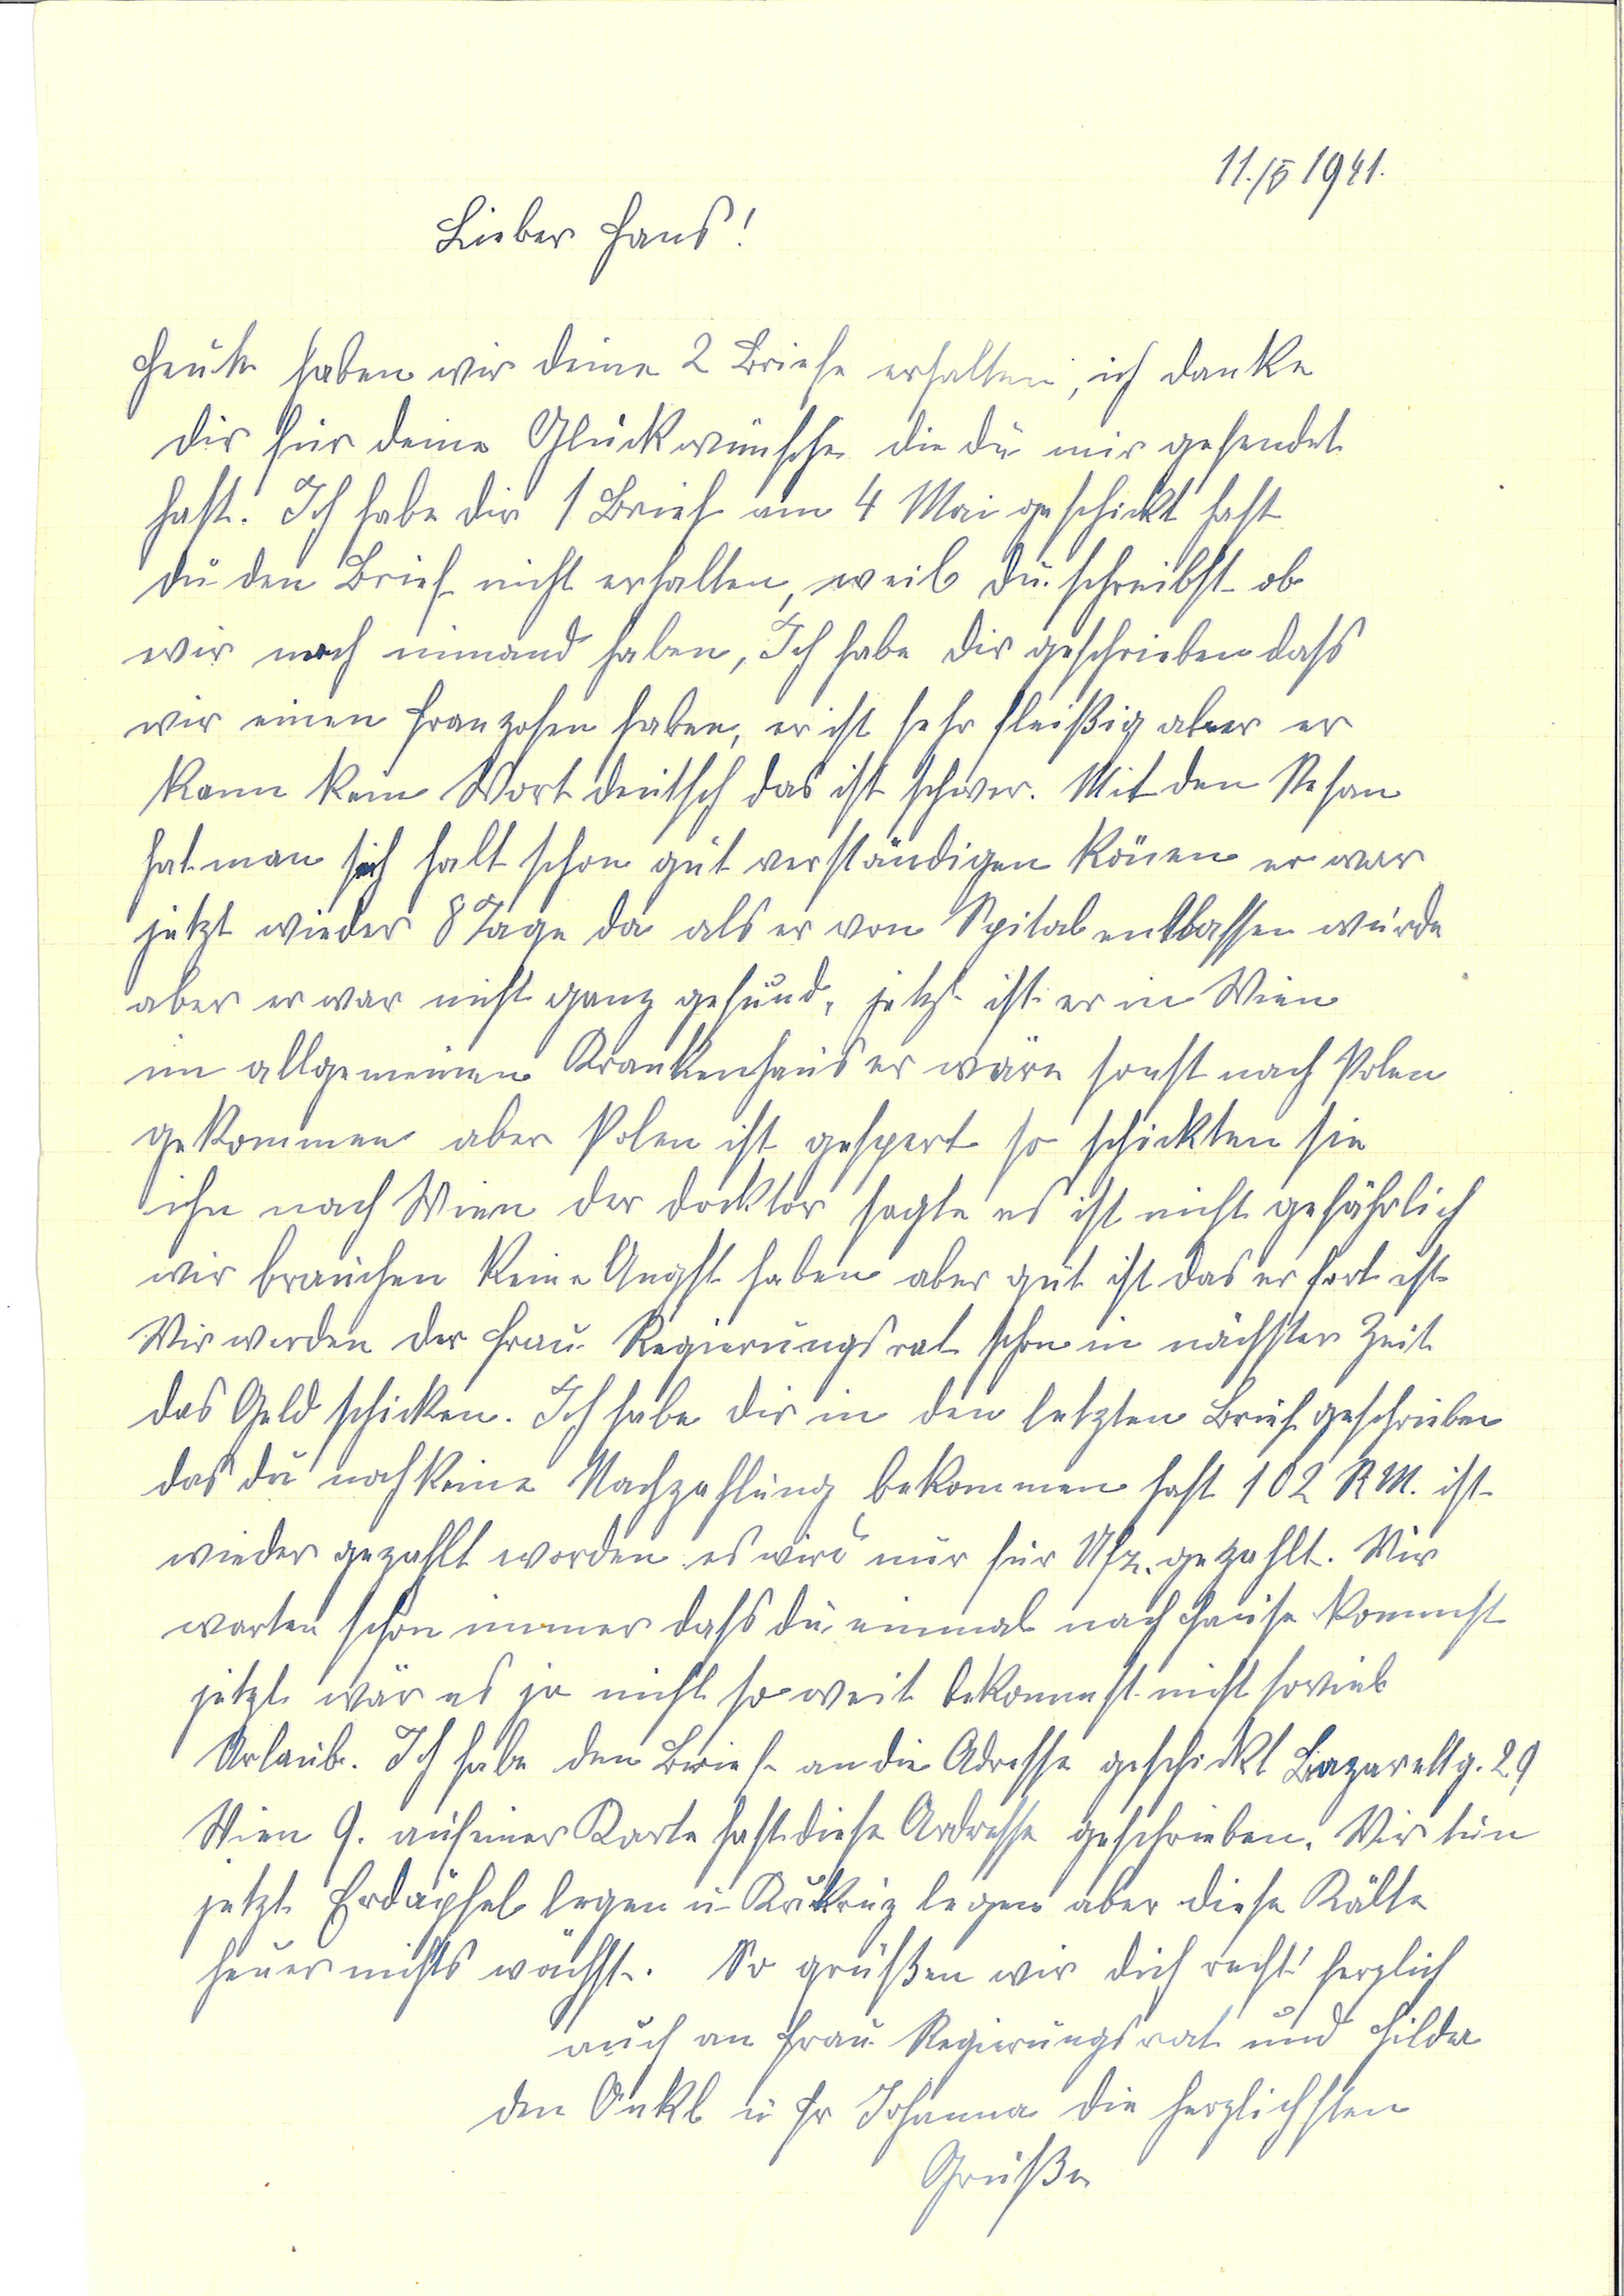
11./5 1941
Lieber Hans!
Heute haben wir deine 2 Briefe erhalten, ich danke
dir für deine Glückwünsche die du mir gesendet
hast. Ich habe dir 1 Brief am 4 Mai geschickt hast
du den Brief nicht erhalten, weil du schreibst, ob
wir noch niemand haben, Ich habe dir geschrieben daß
wir einen Franzosen haben, er ist sehr fleißig aber er
kann kein Wort deutsch das ist schwer. Mit den Stefan
hat man sich halt schon gut verständigen können er war
jetzt wieder 8 Tage da als er vom Spital entlassen wurde
aber er war nicht ganz gesund, jetzt ist er in Wien
im Allgemeinen Krankenhaus er wäre sonst nach Polen
gekommen aber Polen ist gespert so schickten sie
ihn nach Wien der doktor sagte es ist nicht gefährlich
wir brauchen keine Angst haben aber gut ist das er fort ist
Wir werden der Frau Regierungsrat schon in nächster Zeit
das Geld schicken. Ich habe dir in den letzten Brief geschrieben
das du noch keine Nachzahlung bekommen hast 102 RM. ist
wieder gezahlt worden es wird nur für Afz. gezahlt. Wir
warten schon immer daß du einmal nach Hause kommst
jetzt wär es ja nicht so weit bekommst nicht soviel
Urlaub. Ich habe den Brief an die Adresse geschickt Lazarettg. 29
Wien 9. Auf einer Karte hast diese Adresse geschrieben. Wir tun
jetzt Erdäpfel legen u. Kukruz legen aber diese Kälte
heuer nichts wächst. So grüßen wir dich recht herzlich
auch an Frau Regierungsrat und Hilda
den Onkl u Fr Johanna die herzlichsten
Grüße